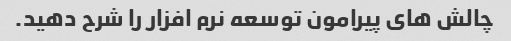
چالش های پیرامون توسعه نرم افزار را شرح دهید.